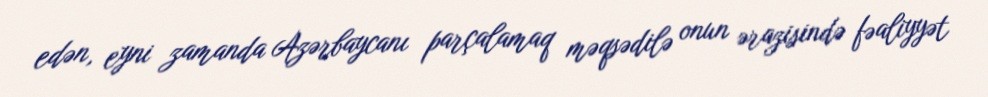
edən, eyni zamanda Azərbaycanı parçalamaq məqsədilə onun ərazisində fəaliyyət